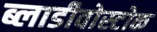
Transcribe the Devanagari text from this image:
ब्लाडीवोस्टोक